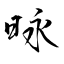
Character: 昹